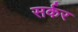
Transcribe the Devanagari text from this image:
सर्कर